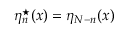
\eta _ { n } ^ { \star } ( x ) = \eta _ { N - n } ( x )